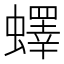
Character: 蠌